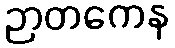
ဉာတကေန